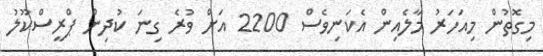
މިގޮތުން މިއަހަރު މާލެއިން އެކަނިވެސް 2200 އަށް ވުރެ ގިނަ ކުދިން ޕްރީސްކޫލު